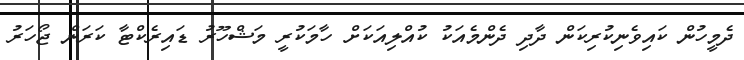
ދެމީހުން ކައިވެނިކުރިކަން ދާދި ދެންމެއަކު ކުއްލިއަކަށް ހާމަކުރީ މަޝްހޫރު ޑައިރެކްޓާ ކަރަން ޖޯހަރު